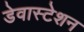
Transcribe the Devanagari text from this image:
डेवास्टेशन